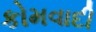
કોમવાદી